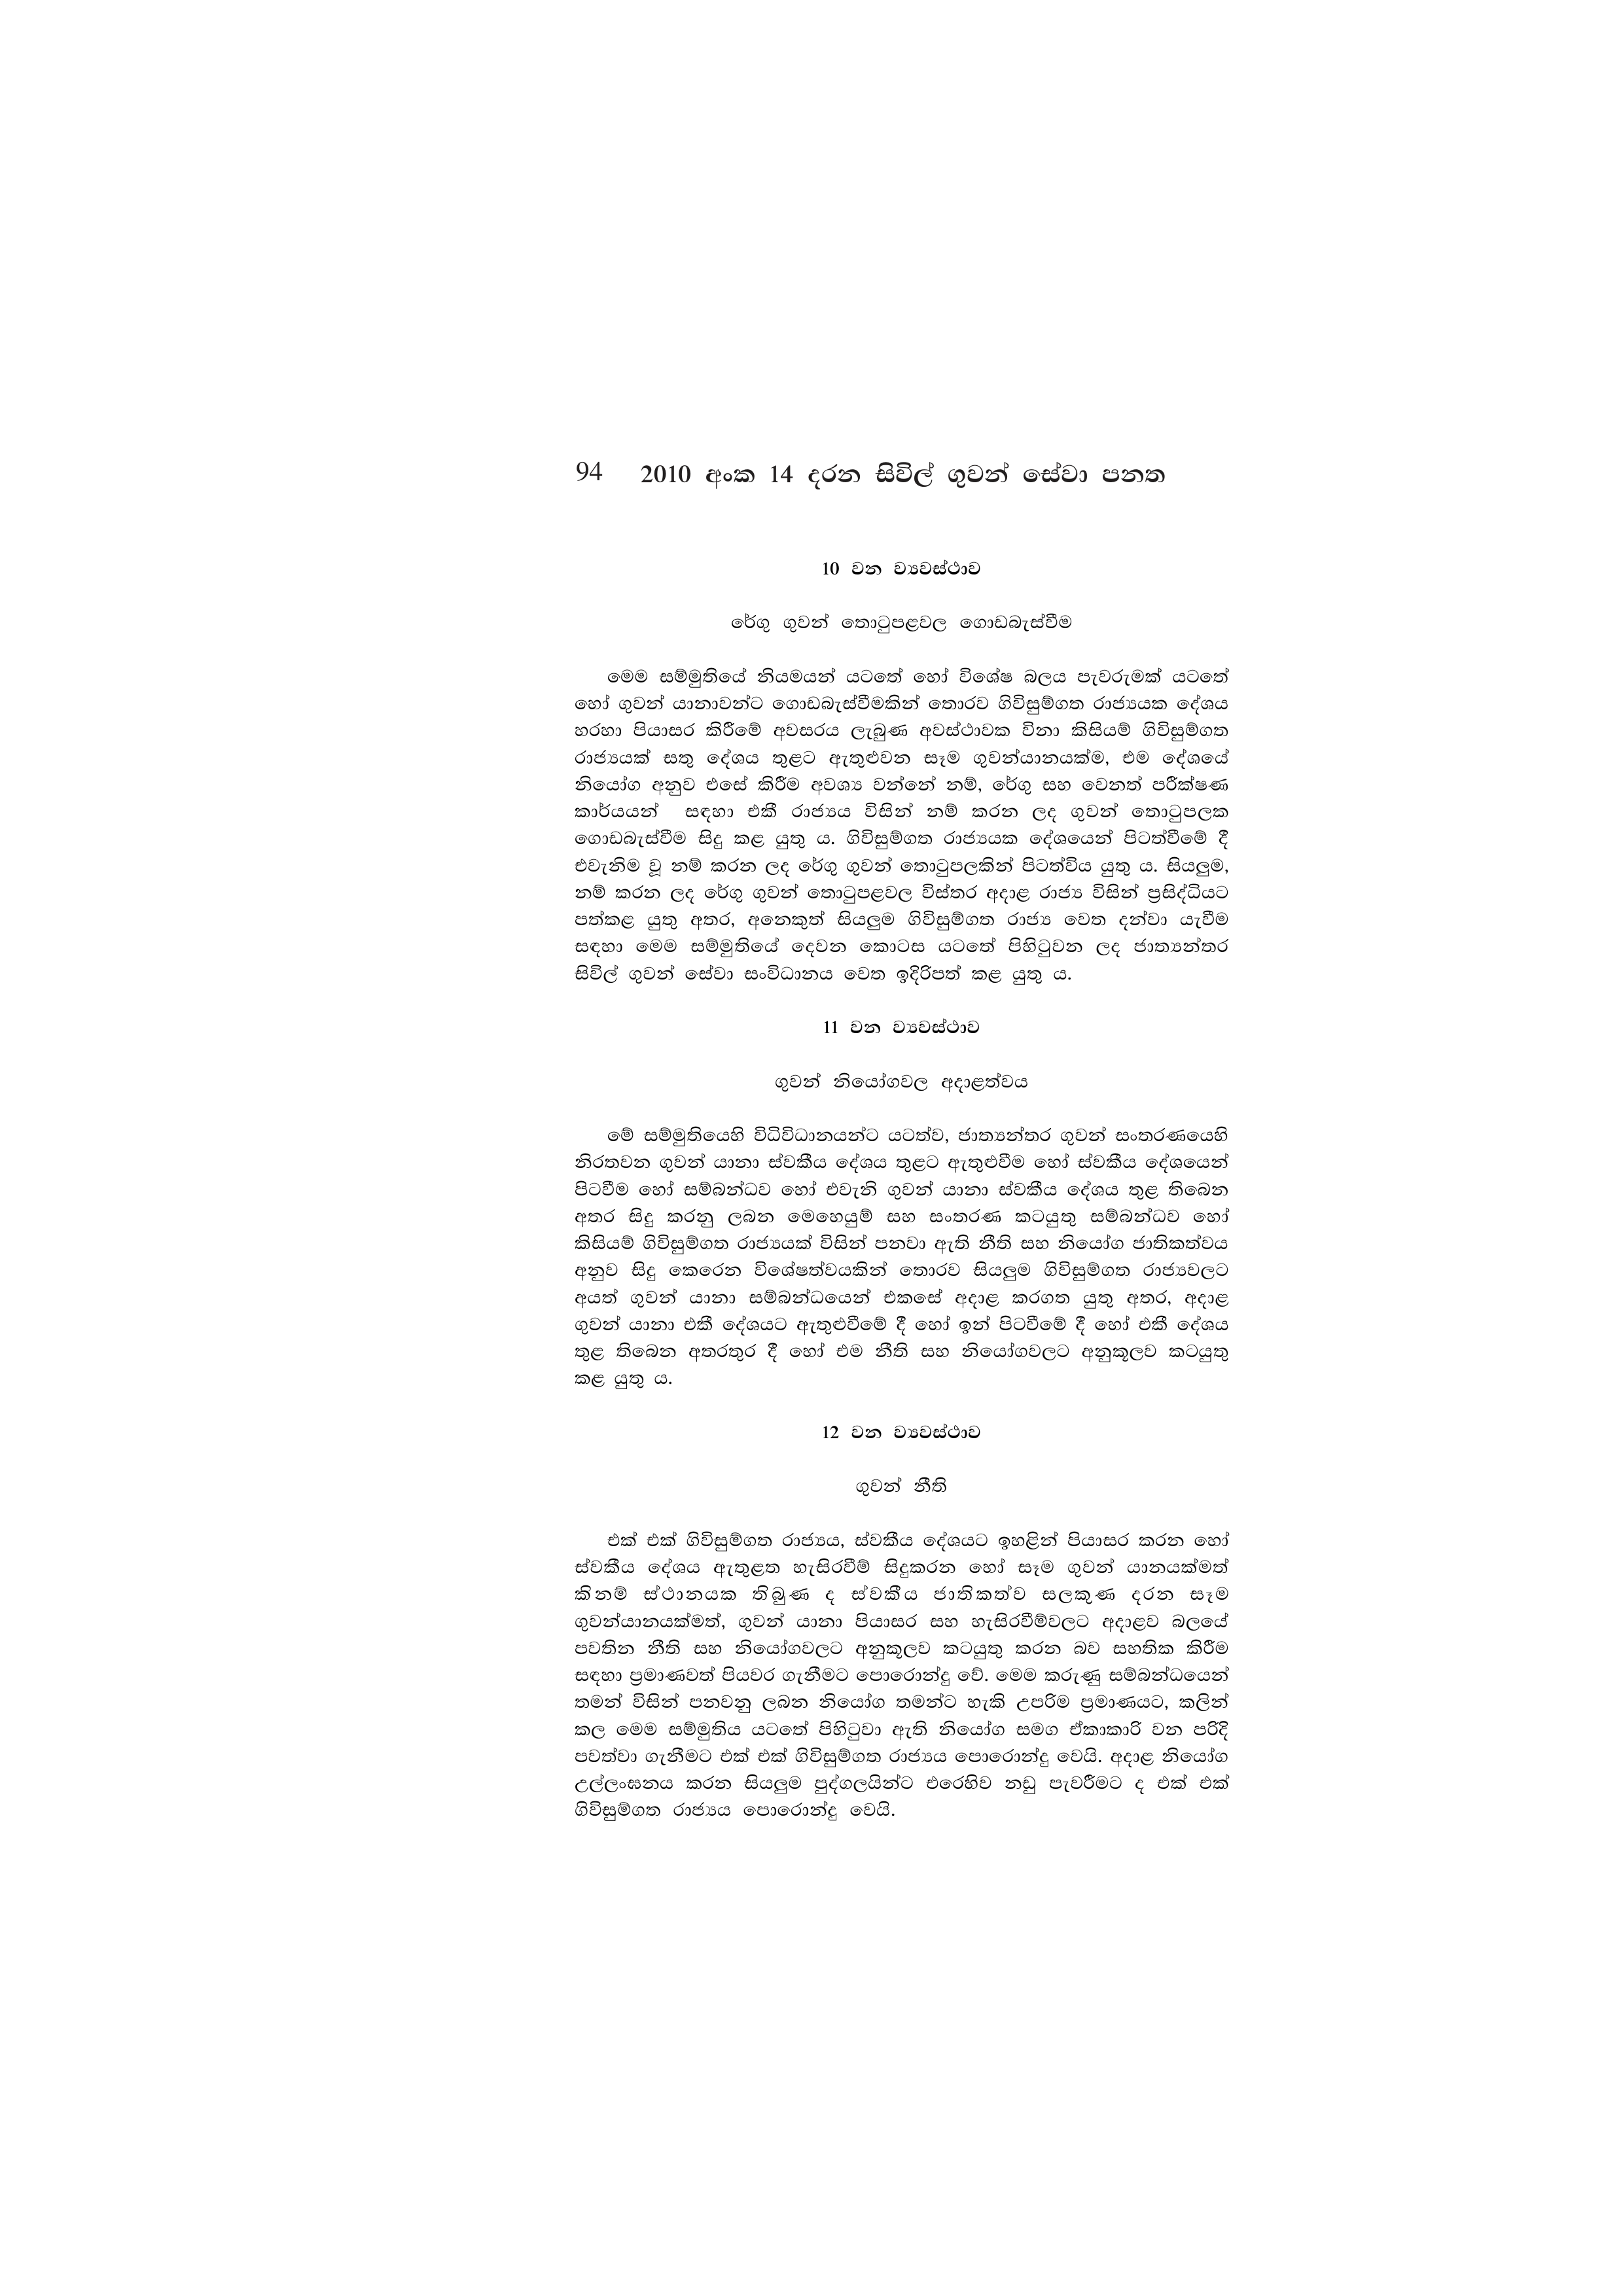
94 2010 අංක 14 දරන සිවිල් ගුවන් සේවා පනත

10 වන ව්‍යවස්ථාව

රේගු ගුවන් තොටුපළවල ගොඩබැස්වීම

මෙම සම්මුතියේ නියමයන් යටතේ හෝ විශේෂ බලය පැවරුමක් යටතේ
හෝ ගුවන් යානාවන්ට ගොඩබැස්වීමකින් තොරව ගිවිසුම්ගත රාජ්‍යයක දේශය
හරහා පියාසර කිරීමේ අවසරය ලැබුණ අවස්ථාවක විනා කිසියම් ගිවිසුම්ගත
රාජ්‍යයක් සතු දේශය තුළට ඇතුළුවන සෑම ගුවන්යානයක්ම, එම දේශයේ
නියෝග අනුව එසේ කිරීම අවශ්‍ය වන්නේ නම්, රේගු සහ වෙනත් පරීක්ෂණ
කාර්යයන් සඳහා එකී රාජ්‍යය විසින් නම් කරන ලද ගුවන් තොටුපලක
ගොඩබැස්වීම සිදු කළ යුතු ය. ගිවිසුම්ගත රාජ්‍යයක දේශයෙන් පිටත්වීමේ දී
එවැනිම වූ නම් කරන ලද රේගු ගුවන් තොටුපලකින් පිටත්විය යුතු ය. සියලුම,
නම් කරන ලද රේගු ගුවන් තොටුපළවල විස්තර අදාළ රාජ්‍ය විසින් ප්‍රසිද්ධියට
පත්කළ යුතු අතර, අනෙකුත් සියලුම ගිවිසුම්ගත රාජ්‍ය වෙත දන්වා යැවීම
සඳහා මෙම සම්මුතියේ දෙවන කොටස යටතේ පිහිටුවන ලද ජාත්‍යන්තර
සිවිල් ගුවන් සේවා සංවිධානය වෙත ඉදිරිපත් කළ යුතු ය.

11 වන ව්‍යවස්ථාව

ගුවන් නියෝගවල අදාළත්වය

මේ සම්මුතියෙහි විධිවිධානයන්ට යටත්ව, ජාත්‍යන්තර ගුවන් සංතරණයෙහි
නිරතවන ගුවන් යානා ස්වකීය දේශය තුළට ඇතුළුවීම හෝ ස්වකීය දේශයෙන්
පිටවීම හෝ සම්බන්ධව හෝ එවැනි ගුවන් යානා ස්වකීය දේශය තුළ තිබෙන
අතර සිදු කරනු ලබන මෙහෙයුම් සහ සංතරණ කටයුතු සම්බන්ධව හෝ
කිසියම් ගිවිසුම්ගත රාජ්‍යයක් විසින් පනවා ඇති නීති සහ නියෝග ජාතිකත්වය
අනුව සිදු කෙරෙන විශේෂත්වයකින් තොරව සියලුම ගිවිසුම්ගත රාජ්‍යවලට
අයත් ගුවන් යානා සම්බන්ධයෙන් එකසේ අදාළ කරගත යුතු අතර, අදාළ
ගුවන් යානා එකී දේශයට ඇතුළුවීමේ දී හෝ ඉන් පිටවීමේ දී හෝ එකී දේශය
තුළ තිබෙන අතරතුර දී හෝ එම නීති සහ නියෝගවලට අනුකූලව කටයුතු
කළ යුතු ය.

12 වන ව්‍යවස්ථාව

ගුවන් නීති

එක් එක් ගිවිසුම්ගත රාජ්‍යය, ස්වකීය දේශයට ඉහළින් පියාසර කරන හෝ
ස්වකීය දේශය ඇතුළත හැසිරවීම් සිදුකරන හෝ සෑම ගුවන් යානයක්මත්
කිනම් ස්ථානයක තිබුණ ද ස්වකීය ජාතිකත්ව සලකුණ දරන සෑම
ගුවන්යානයක්මත්, ගුවන් යානා පියාසර සහ හැසිරවීම්වලට අදාළව බලයේ
පවතින නීති සහ නියෝගවලට අනුකූලව කටයුතු කරන බව සහතික කිරීම
සඳහා ප්‍රමාණවත් පියවර ගැනීමට පොරොන්දු වේ. මෙම කරුණු සම්බන්ධයෙන්
තමන් විසින් පනවනු ලබන නියෝග තමන්ට හැකි උපරිම ප්‍රමාණයට, කලින්
කල මෙම සම්මුතිය යටතේ පිහිටුවා ඇති නියෝග සමග ඒකාකාරි වන පරිදි
පවත්වා ගැනීමට එක් එක් ගිවිසුම්ගත රාජ්‍යය පොරොන්දු වෙයි. අදාළ නියෝග
උල්ලංඝනය කරන සියලුම පුද්ගලයින්ට එරෙහිව නඩු පැවරීමට ද එක් එක්
ගිවිසුම්ගත රාජ්‍යය පොරොන්දු වෙයි.